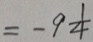
= - 9 \frac { 1 } { 4 }